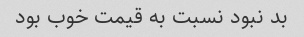
بد نبود نسبت به قیمت خوب بود